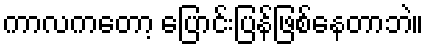
ကာလကတော့ ပြောင်းပြန်ဖြစ်နေတာဘဲ။